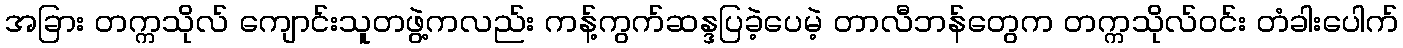
အခြား တက္ကသိုလ် ကျောင်းသူတဖွဲ့ကလည်း ကန့်ကွက်ဆန္ဒပြခဲ့ပေမဲ့ တာလီဘန်တွေက တက္ကသိုလ်ဝင်း တံခါးပေါက်